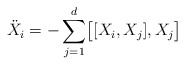
\begin{align*}{\ddot X_i}=-\sum_{j=1}^{d}\bigl [[X_i,X_j],X_j\bigr ]\end{align*}